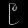
Digit: ၉